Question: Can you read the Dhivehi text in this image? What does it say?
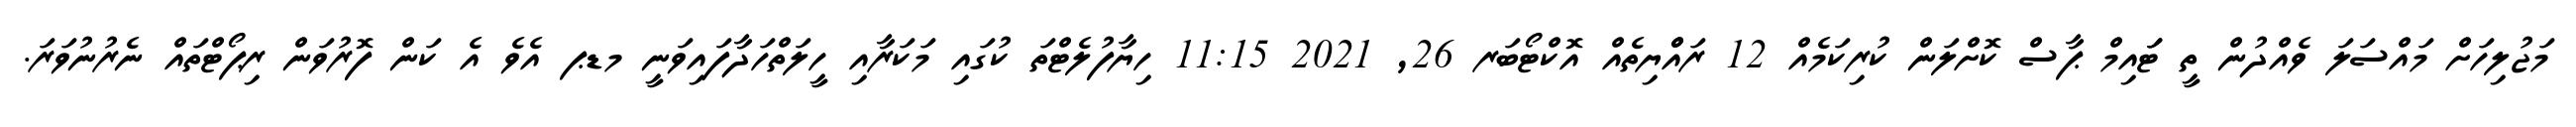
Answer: މަޖުލިހަށް މައްސަލަ ވެއްދުން ތީ ޓަައިމް ޕާސް ކޮށްލަން ކުރިކަމެއް 12 ރައްްޔިތެއް އޮކްޓޯބަރ 26, 2021 11:15 ހިޔާފުލެޓްތަ ކުގައި މަކަރާއި ހީލަތްހަދާފައިވަނީ މޑޕ އެވެ އެ ކަން ފޮރުވަން ރިޕޯޓްތައް ނެރުނުވަރަ.